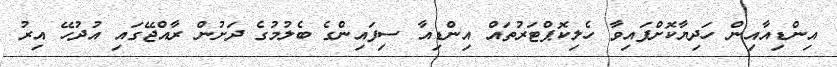
އިންޑިއާއިން ހަދިޔާކޮށްފައިވާ ހެލިކޮޕްޓަރުތައް އިންޑިއާ ސިފައިންގެ ބެލުމުގެ ދަށުން ރާއްޖޭގައި އުދުހޭ އިރު